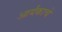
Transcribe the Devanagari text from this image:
आर्यंकाचे